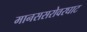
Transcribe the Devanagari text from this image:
मानससरोवरघाट